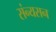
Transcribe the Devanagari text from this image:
संन्यसन